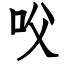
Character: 㕮